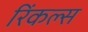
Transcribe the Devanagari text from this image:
रिंकल्स